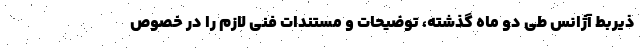
ذیربط آژانس طی دو ماه گذشته، توضیحات و مستندات فنی لازم را در خصوص